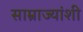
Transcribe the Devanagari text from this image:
साम्राज्यांशी